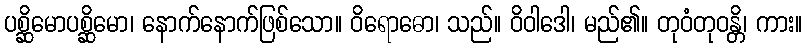
ပစ္ဆိမောပစ္ဆိမော၊ နောက်နောက်ဖြစ်သော။ ဝိရောဓော၊ သည်။ ဝိဝါဒေါ၊ မည်၏။ တုဝံတုဝန္တိ၊ ကား။